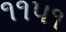
૧૧૫૧